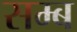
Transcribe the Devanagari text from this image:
सम्ब